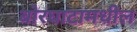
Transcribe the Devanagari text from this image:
बोरघाटामधील